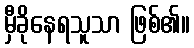
မှီခိုနေရသူသာ ဖြစ်၏။